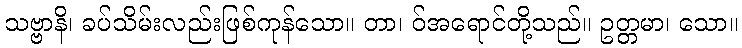
သဗ္ဗာနိ၊ ခပ်သိမ်းလည်းဖြစ်ကုန်သော။ တာ၊ ဝ်အရောင်တို့သည်။ ဥတ္တမာ၊ သော။